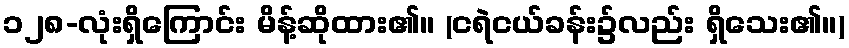
၁၂၈-လုံးရှိကြောင်း မိန့်ဆိုထား၏။ (ငရဲငယ်ခန်း၌လည်း ရှိသေး၏။)